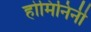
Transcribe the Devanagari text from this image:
होमिनिनी